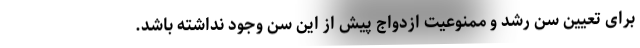
برای تعیین سن رشد و ممنوعیت ازدواج پیش از این سن وجود نداشته باشد.